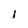
Character: I